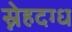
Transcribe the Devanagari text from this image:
स्नेहदग्ध